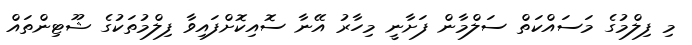
މި ފިލްމުގެ މަސައްކަތް ސަލްމާން ފަށާނީ މިހާރު އޭނާ ސޮއިކޮށްފައިވާ ފިލްމުތަކުގެ ޝޫޓިންތައް